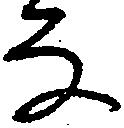
な